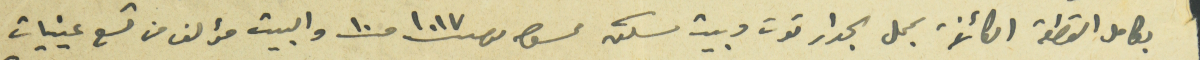
بكامل القطعة الكائنة بمحل الجدار توت وبيت سكن ممسوح نمرو ١٠١٧ حـ ١٠ والبيت مؤلف من تسع عينيات